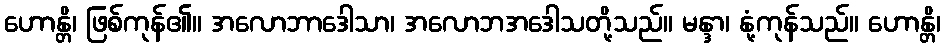
ဟောန္တိ၊ ဖြစ်ကုန်၏။ အလောဘာဒေါသာ၊ အလောဘအဒေါသတို့သည်။ မန္ဒာ၊ နုံ့ကုန်သည်။ ဟောန္တိ၊